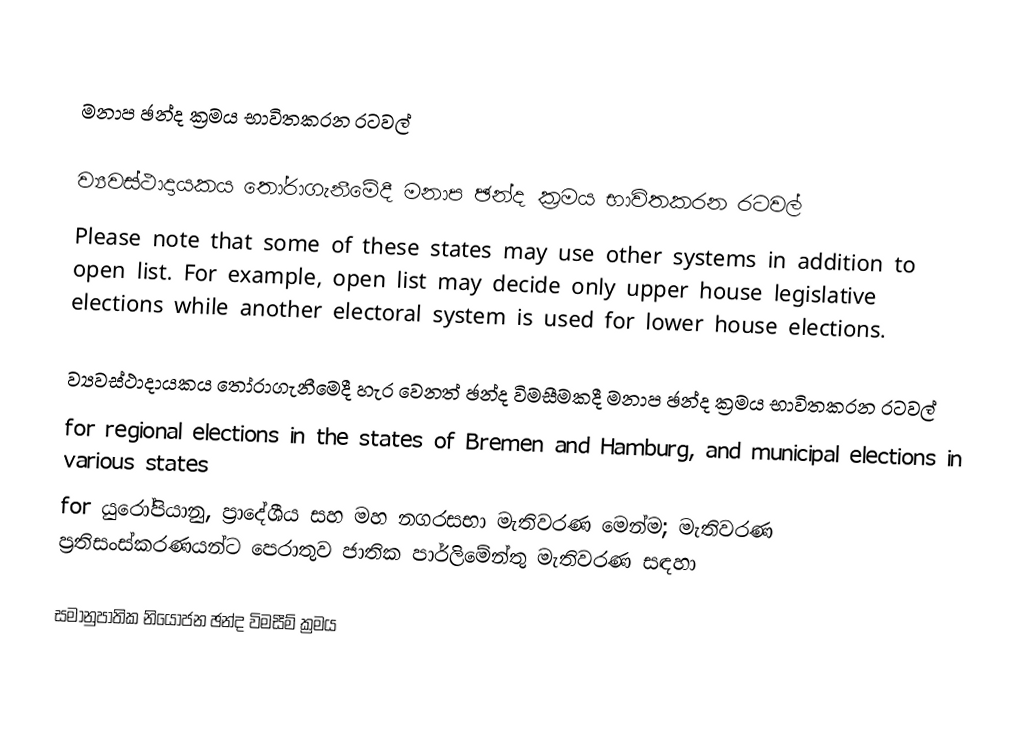

මනාප ඡන්ද ක්‍රමය භාවිතකරන රටවල්

ව්‍යවස්ථාදායකය තෝරාගැනීමේදී මනාප ඡන්ද ක්‍රමය භාවිතකරන රටවල්
Please note that some of these states may use other systems in addition to open list. For example, open list may decide only upper house legislative elections while another electoral system is used for lower house elections.

ව්‍යවස්ථාදායකය තෝරාගැනීමෙදී හැර වෙනත් ඡන්ද විමසීමකදී මනාප ඡන්ද ක්‍රමය භාවිතකරන රටවල්
  for regional elections in the states of Bremen and Hamburg, and municipal elections in various states
  for යුරෝපියානු, ප්‍රාදේශීය සහ මහ නගරසභා මැතිවරණ මෙන්ම; මැතිවරණ ප්‍රතිසංස්කරණයන්ට පෙරාතුව ජාතික පාර්ලිමේන්තු මැතිවරණ සඳහා

සමානුපාතික නියෝජන ඡන්ද විමසීම් ක්‍රමය